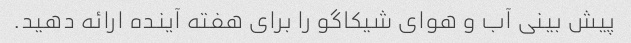
پیش بینی آب و هوای شیکاگو را برای هفته آینده ارائه دهید.